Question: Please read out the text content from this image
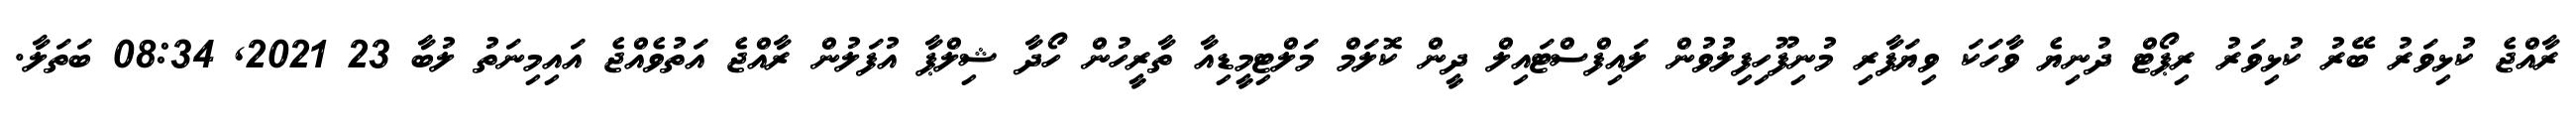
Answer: ރާއްޖެ ކުޅިވަރު ބޭރު ކުޅިވަރު ރިޕޯޓް ދުނިޔެ ވާހަކަ ވިޔަފާރި މުނިފޫހިފިލުވުން ލައިފްސްޓައިލް ދީން ކޮލަމް މަލްޓިމީޑިއާ ތާރީހުން ހޯދާ ޝިލްޕާ އުފަލުން ރާއްޖެ އަތުވެއްޖެ އައިމިނަތު ލުބާ 23 2021, 08:34 ބަތަލާ.